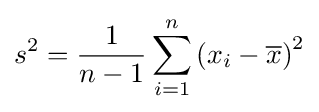
s^{2}={\frac {1}{n-1}}\sum _{i=1}^{n}\left(x_{i}-{\overline {x}}\right)^{2}